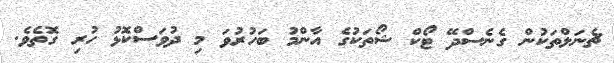
ޗެނަލްތަކުން ގެނެސްދޭ ޓޯކް ޝޯތަކުގެ އާންމު ބަހުރުވަ މި ދުވަސްކޮޅު ހުރި ގޮތެވެ.